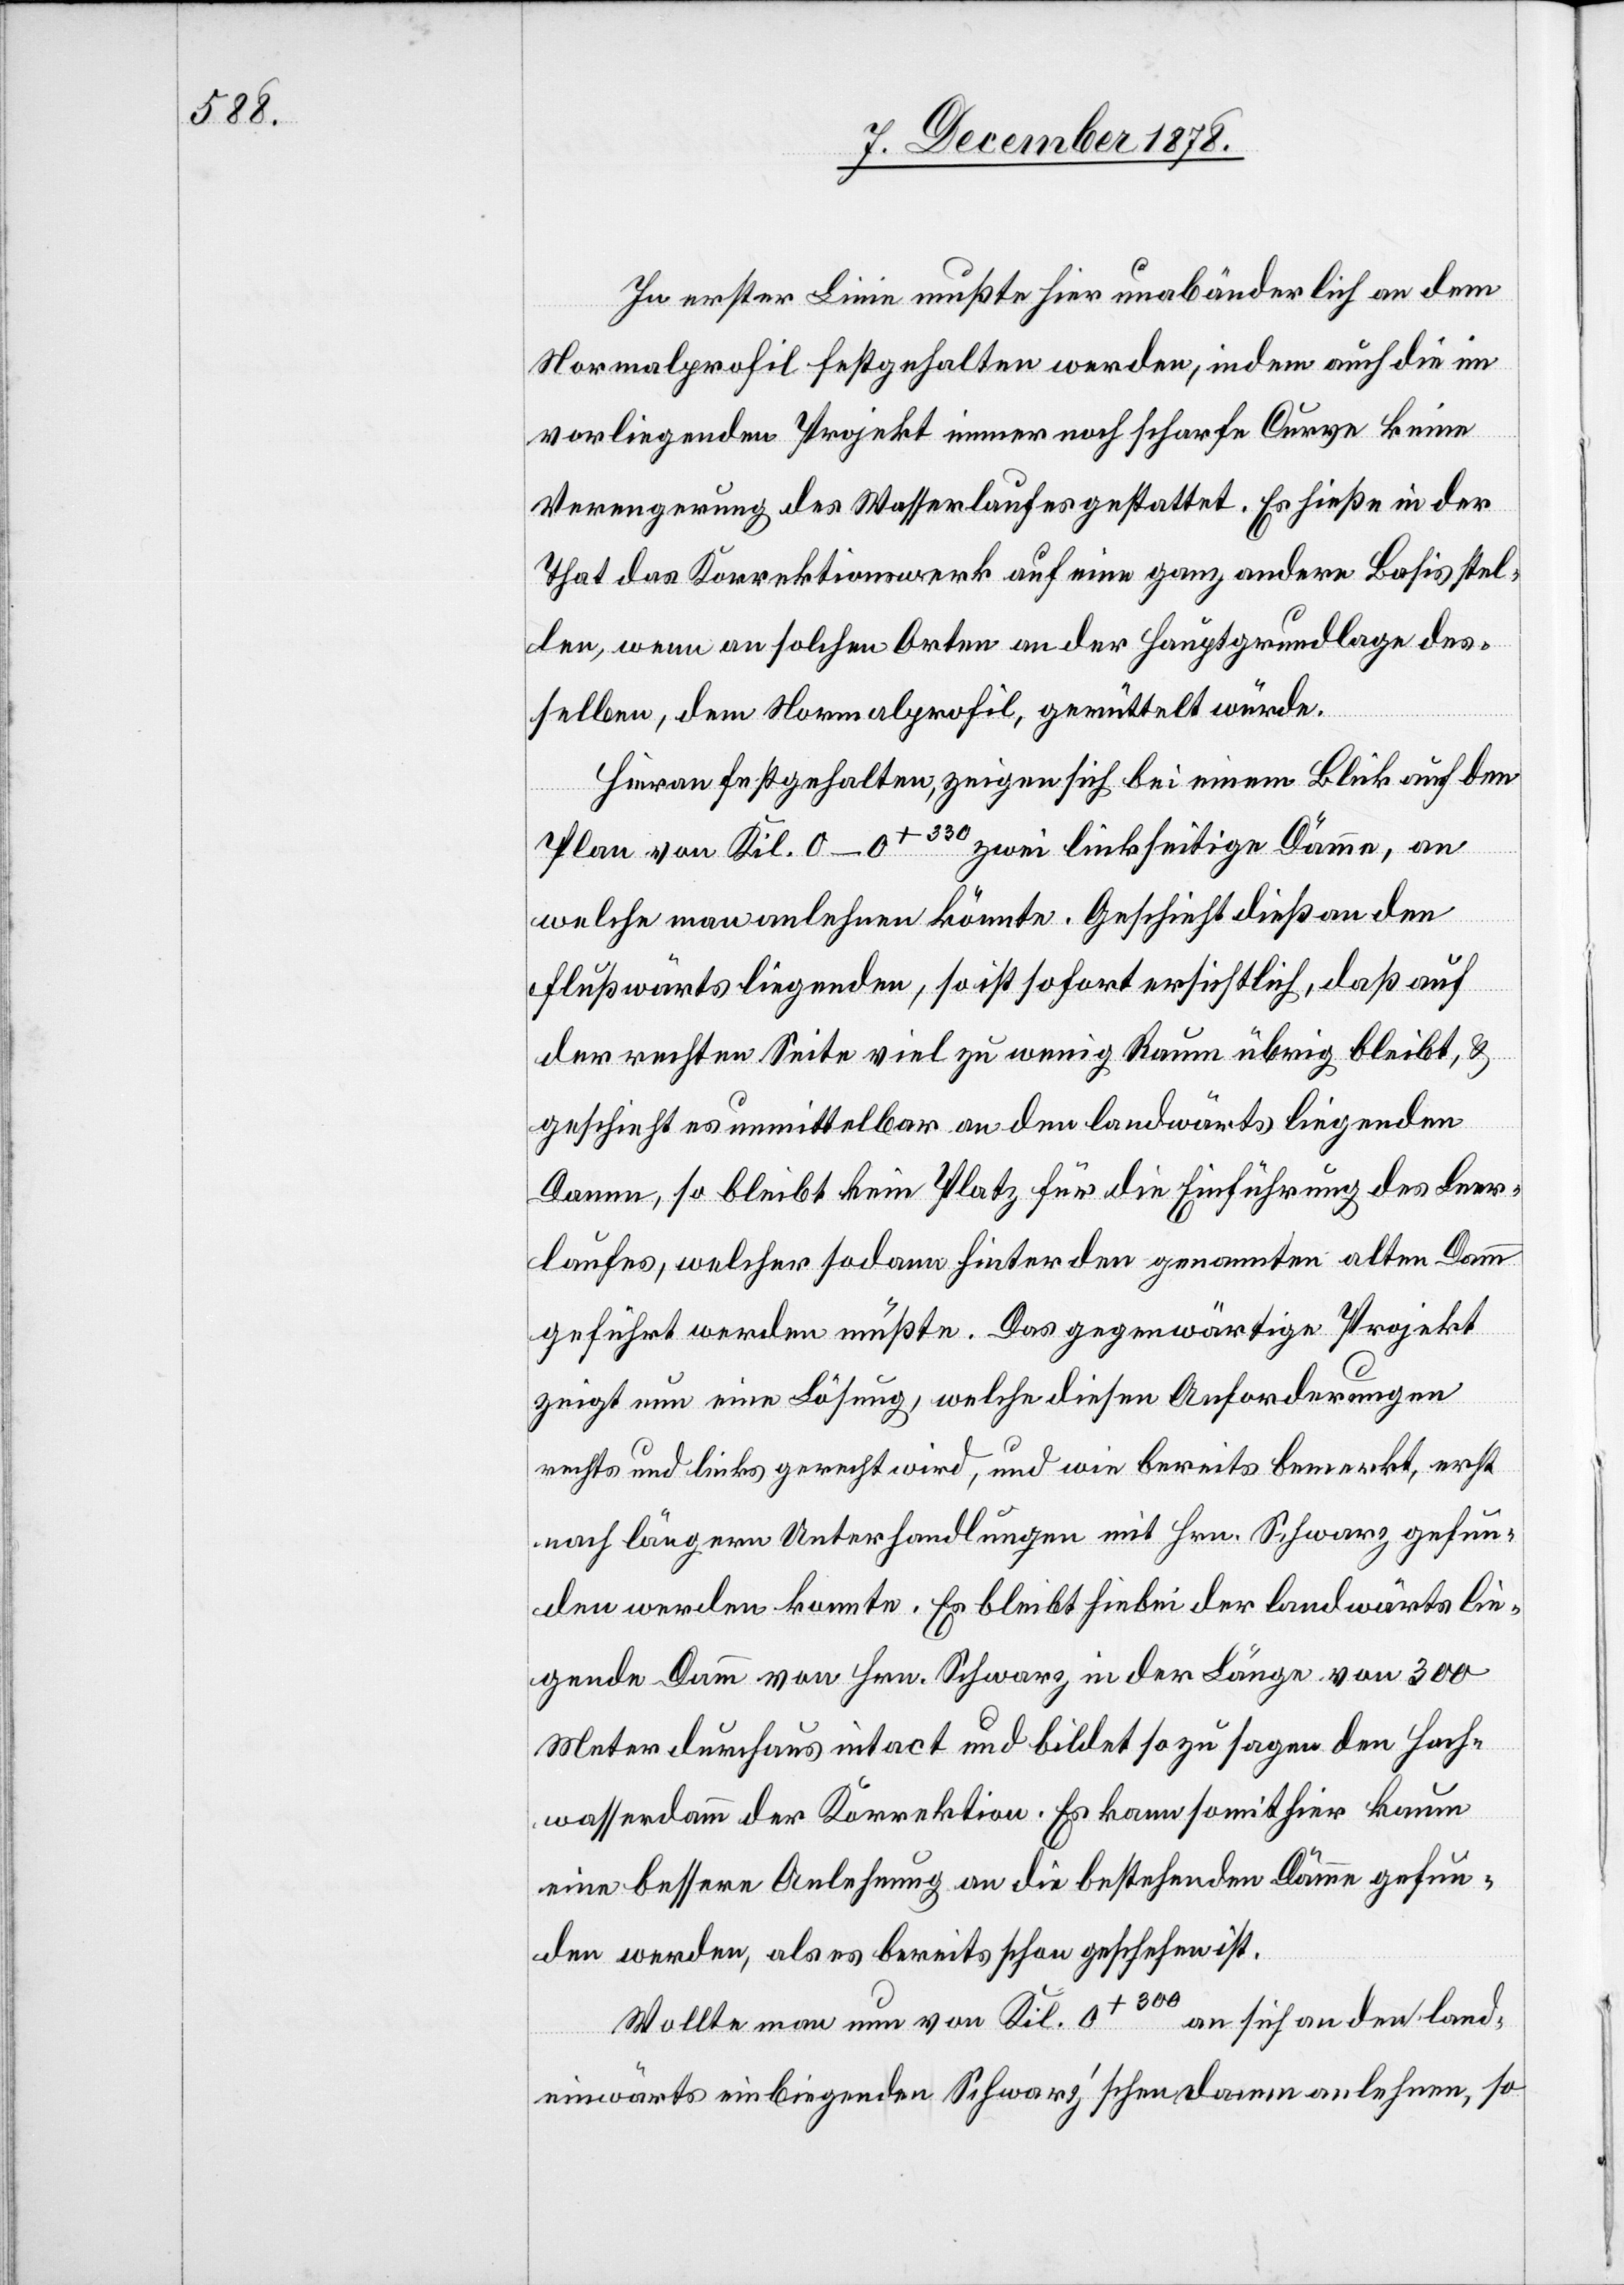
In erster Linie mußte hier unabänderlich an dem
Normalprofil festgehalten werden, indem auch die im
vorliegenden Projekt immer noch scharfe Curve keine
Verengerung des Wasserlaufes gestattet. Es hieße in der
That das Korrektionswerk auf eine ganz andere Basis stel¬
len, wenn an solchen Orten an der Hauptgrundlage des¬
selben, dem Normalprofil, gerüttelt würde.
Hierauf festgehalten, zeigen sich bei einem Blick auf den
Plan von Kil. 0–0+330 zwei linksseitige Dämme, an
welche man anlehnen könnte. Geschieht dieß an den
flußwärts liegenden, so ist sofort ersichtlich, daß auf
der rechten Seite viel zu wenig Raum übrig bleibt, &
geschieht es unmittelbar an den landwärts liegenden
Damm, so bleibt kein Platz für die Einführung des Leer¬
laufes, welcher sodann hinter den genannten alten Damm
geführt werden müßte. Das gegenwärtige Projekt
zeigt nun eine Lösung, welche diesen Anforderungen
rechts und links gerecht wird, und wie bereits bemerkt, erst
nach längern Unterhandlungen mit Hrn. Schwarz gefun¬
den werden konnte. Es bleibt hiebei der landwärts lie¬
gende Damm von Hrn. Schwarz in der Länge von 300
Meter durchaus intact und bildet so zu sagen den Hoch¬
wasserdamm der Korrektion. Es kann somit hier kaum
eine bessere Anlehnung an die bestehenden Dämme gefun¬
den werden, als es bereits schon geschehen ist.
0+300 an sich an den land¬
Wollte man nun von Kil.
einwärts einbringenden Schwarz’schen damm [sic!] anlehnen, so